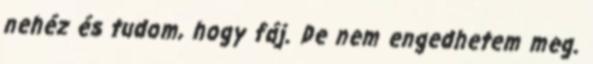
nehéz és tudom, hogy fáj. De nem engedhetem meg.